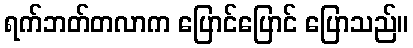
ရက်ဘတ်တလာက ပြောင်ပြောင် ပြောသည်။